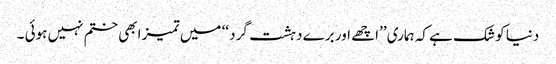
دنیا کو شک ہے کہ ہماری ’’اچھے اور برے دہشت گرد ‘‘ میں تمیز ابھی ختم نہیں ہوئی ۔